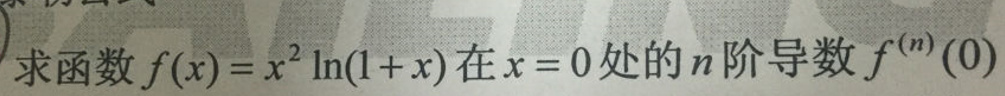
求函数\(f(x)=x^{2}\ln(1 + x)\)在\(x = 0\)处的\(n\)阶导数\(f^{(n)}(0)\)。